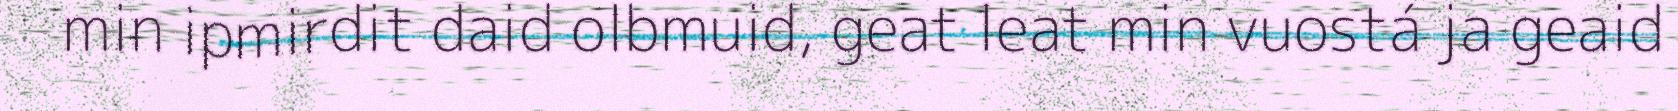
min ipmirdit daid olbmuid, geat leat min vuostá ja geaid